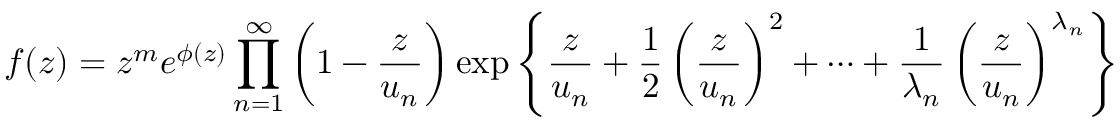
f ( z ) = z ^ { m } e ^ { \phi ( z ) } \prod _ { n = 1 } ^ { \infty } \left( 1 - { \frac { z } { u _ { n } } } \right) \exp \left\lbrace { \frac { z } { u _ { n } } } + { \frac { 1 } { 2 } } \left( { \frac { z } { u _ { n } } } \right) ^ { 2 } + \cdots + { \frac { 1 } { \lambda _ { n } } } \left( { \frac { z } { u _ { n } } } \right) ^ { \lambda _ { n } } \right\rbrace